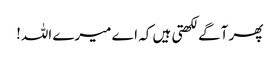
پھر آگے لکھتی ہیں کہ اے میرے اللہ!